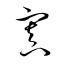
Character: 寘